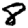
Digit: 8